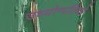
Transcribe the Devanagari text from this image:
उध्योग्पतियो